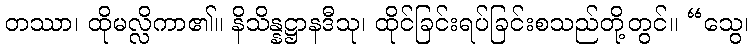
တဿာ၊ ထိုမလ္လိကာ၏။ နိသိန္နဋ္ဌာနဒီသု၊ ထိုင်ခြင်းရပ်ခြင်းစသည်တို့တွင်။ “သွေ၊